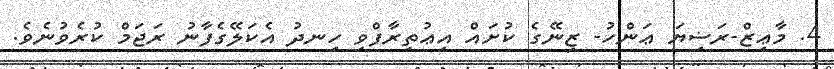
4. މާޢިޒް-ރަޟިޔަ ޢަންހު- ޒިނޭގެ ކުށައް އިޢުތިރާފްވި ހިނދު އެކަލޭގެފާނު ރަޖަމް ކުރެވުނެވެ.